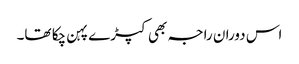
اس دوران راجہ بھی کپڑے پہن چکا تھا۔